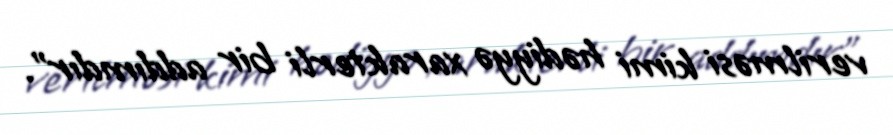
verilməsi kimi hədiyyə xarakterli bir addımdır”.